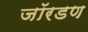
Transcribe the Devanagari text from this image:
जॉरडण